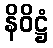
နိဝိဋ္ဌံ